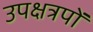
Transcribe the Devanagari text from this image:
उपक्षत्रपों